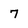
Character: 7